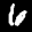
Label: 6